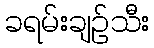
ခရမ်းချဉ်သီး